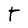
Character: T